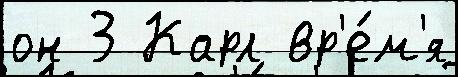
он 3 Карл вр'е́м'я